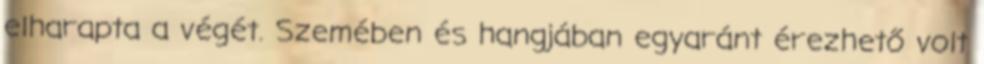
elharapta a végét. Szemében és hangjában egyaránt érezhető volt